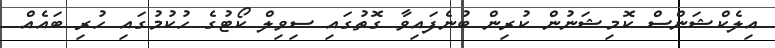
އިލެކްޝަންސް ކޮމިޝަނުން ކުރިން ބުނެފައިވާ ގޮތުގައި ސިވިލް ކޯޓުގެ ހުކުމުގައި ހުރި ބައެއް